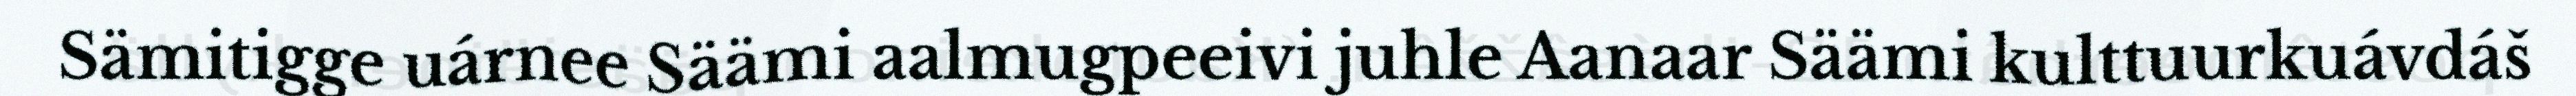
Sämitigge uárnee Säämi aalmugpeeivi juhle Aanaar Säämi kulttuurkuávdáš